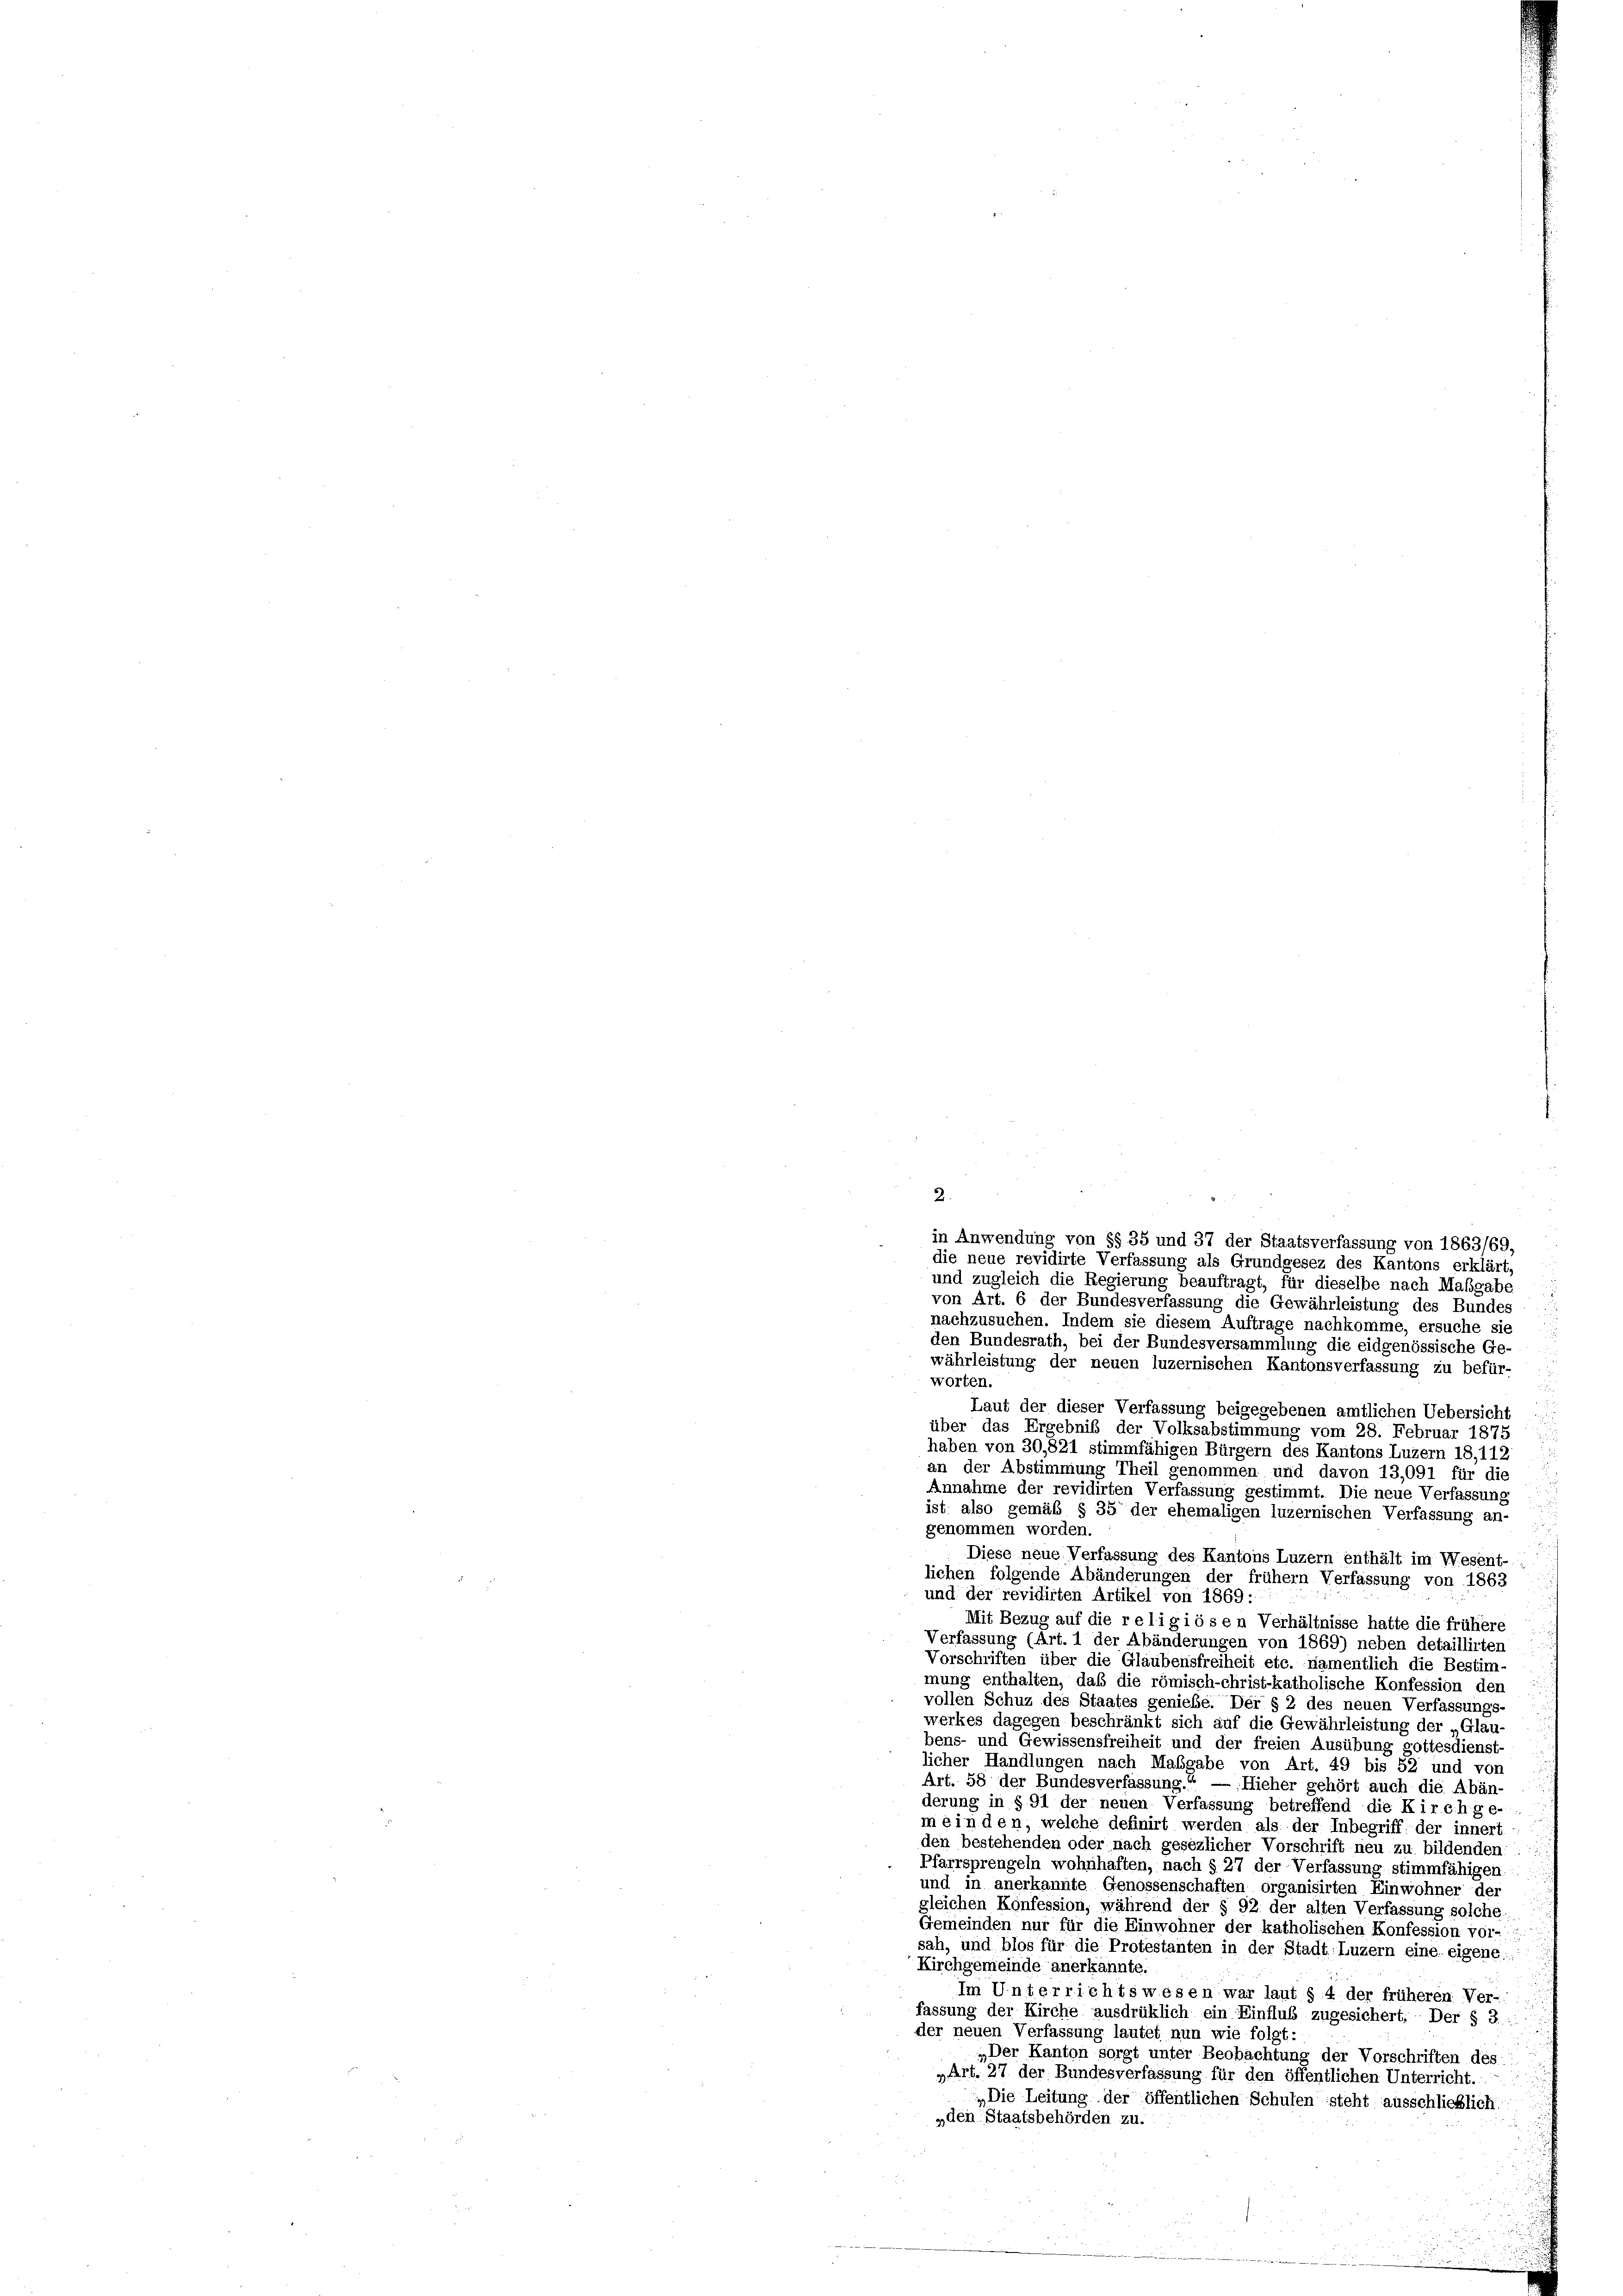
2.

von Art. 6 der Bundesverfassung die Gewährleistung des Bundes
nachzusuchen. Indem sie diesem Auftrage nachkomme, ersuche sie
den Bundesrath, bei der Bundesversammlung die eidgenössische Ge-
währleistung der neuen luzernischen Kantonsverfassung zu befür-
worten.
Laut der dieser Verfassung beigegebenen amtlichen Uebersicht
über das Ergebniß der Volksabstimmung vom 28. Februar 1875
haben von 30,821 stimmfähigen Bürgern des Kantons Luzern 18, 112
an der Abstimmung Theil genommen und davon 13,091 für die
Annahme der revidirten Verfassung gestimmt. Die neue Verfassung
ist also gemäß § 35 der ehemaligen luzernischen Verfassung an-
genommen worden.
Diese neue Verfassung des Kantons Luzern enthält im Wesent-
lichen folgende Abänderungen der frühem Verfassung von 1863
und der revidirten Artikel von 1869 :
Mit Bezug auf die religiösen Verhältnisse hatte die frühere
Verfassung (Art. 1 der Abänderungen von 1869) neben detaillirten
Vorschriften über die Glaubensfreiheit etc. namentlich die Bestim-
mung enthalten, daß die römisch-christ-katholische Konfession den
vollen Schuz des Staates genieße. Der § 2 des neuen Verfassungs-
werkes dagegen beschränkt sich auf die Gewährleistung der „Glan-
bens- und Gewissensfreiheit und der freien Ausübung gottesdienst-
licher Handlungen nach Maßgabe von Art. 49 bis 52 und von
Art. 58 der Bundesverfassung.“ — Hieher gehört auch die Abän-
derung in § 91 der neuen Verfassung betreffend die Kirchge-
meinden, welche definirt werden als der Inbegriff, der innert
den bestehenden oder nach gesezlicher Vorschrift neu zu bildenden
Pfarrsprengeln wohnhaften, nach § 27 der Verfassung stimmfähigen
und in anerkannte Genossenschaften organisirten Einwohner der
gleichen Konfession, während der § 92 der alten Verfassung solche.
Gemeinden nur für die Einwohner der katholischen Konfession vor-
sah, und blos für die Protestanten in der Stadt Luzern eine eigene.
Kirchgemeinde anerkannte.
Im Unterrichtswesen war laut § 4 der früheren Ver-
fassung der Kirche ausdrüklich ein Einflub zugesichert. Der § 3.
der neuen Verfassung lautet nun wie folgt:
„Der Kanton sorgt unter Beobachtung der Vorschriften des
„Art. 27 der Bundesverfassung für den öffentlichen Unterricht.
„Die Leitung der öffentlichen Schulen steht ausschließlich.
„den Staatsbehörden zu.

in Anwendung von §§ 35 und 37 der Staatsverfassung von 1863/69.
die neue revidirte Verfassung als Grundgesez des Kantons erklärt,
und zugleich die Regierung beauftragt, für dieselbe nach Maßgabe